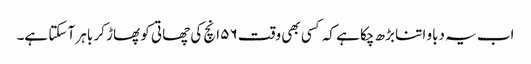
اب یہ دباو اتنا بڑھ چکا ہے کہ کسی بھی وقت ۵۶ انچ کی چھاتی کو پھاڑ کر باہر آ سکتا ہے۔